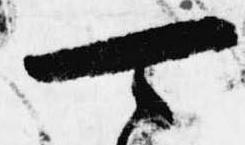
可